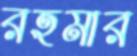
রহমার